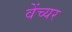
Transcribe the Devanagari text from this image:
वेंच्यर